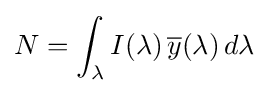
N=\int _{\lambda }I(\lambda )\,{\overline {y}}(\lambda )\,d\lambda